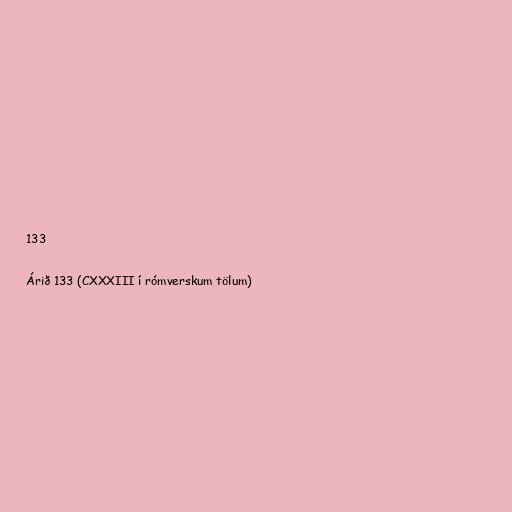
133

Árið 133 (CXXXIII í rómverskum tölum)